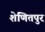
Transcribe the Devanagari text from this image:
शेणितपुर